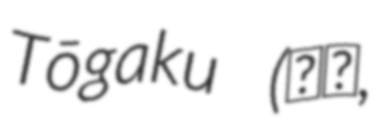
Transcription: Tōgaku (唐楽,